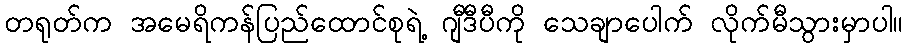
တရုတ်က အမေရိကန်ပြည်ထောင်စုရဲ့ ဂျီဒီပီကို သေချာပေါက် လိုက်မီသွားမှာပါ။